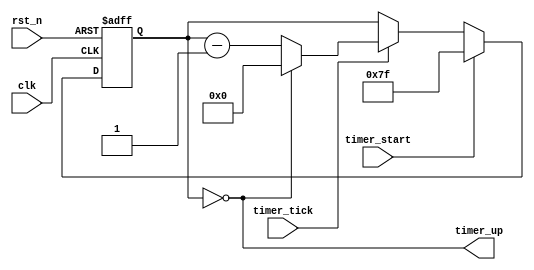
`timescale 1ns / 1ps

module timer( //2 second timer
	input clk,rst_n,
	input timer_start,timer_tick,
	output timer_up
    );
	 
	 reg[6:0] timer_q=0,timer_d;
	 always @(posedge clk,posedge rst_n) begin
		if(rst_n) timer_q<=0;
		else timer_q<=timer_d;
	 end
	 
	 always @* begin
		timer_d=timer_q;
		if(timer_start) begin
			timer_d=7'b111_1111;
		end
		else if(timer_tick) begin //timer tick is 60Hz, thus 2 seconds will be after 120 ticks(or 7'b111_1111)
			timer_d=(timer_q==0)? 0:timer_q-1;
		end
	 end
	 assign timer_up= (timer_q==0);


endmodule